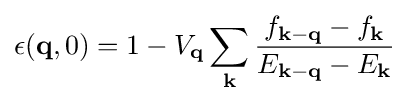
\epsilon (\mathbf {q} ,0)=1-V_{\mathbf {q} }\sum _{\mathbf {k} }{\frac {f_{\mathbf {k} -\mathbf {q} }-f_{\mathbf {k} }}{E_{\mathbf {k} -\mathbf {q} }-E_{\mathbf {k} }}}